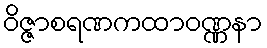
ဝိဇ္ဇာစရဏကထာဝဏ္ဏနာ